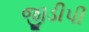
જીડીપી